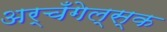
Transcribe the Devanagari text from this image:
अर्चँगेल्स्क